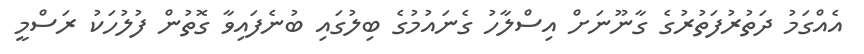
އެއްގަމު ދަތުރުފަތުރުގެ ގާނޫނަށް އިސްލާހު ގެނައުމުގެ ބިލުގައި ބުނެފައިވާ ގޮތުން ފުލުހަކު ރަސްމީ